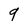
Character: 9